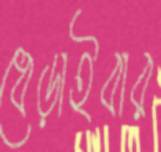
ধেড়াইবার